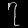
Digit: ၇